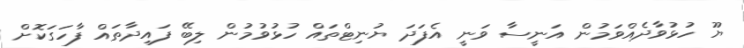
ޔޫ ހުޅުވާދެއްވަމުން އަނީސާ ވަނީ އެފަދަ ޔުނިޓްތައް ހުޅުވުމުން ލިބޭ ފައިދާތައް ފާހަގަކޮށް